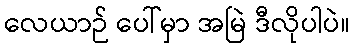
လေယာဉ် ပေါ်မှာ အမြဲ ဒီလိုပါပဲ။